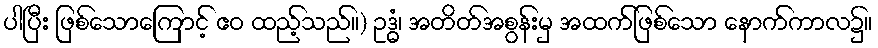
ပါပြီး ဖြစ်သောကြောင့် ဧဝ ထည့်သည်။) ဥဒ္ဓံ၊ အတိတ်အစွန်းမှ အထက်ဖြစ်သော နောက်ကာလ၌။